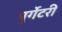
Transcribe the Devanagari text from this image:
पुर्गेटरी